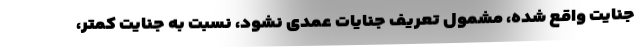
جنایت واقع شده، مشمول تعریف جنایات عمدی نشود، نسبت به جنایت کمتر،